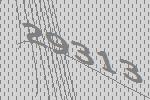
29313